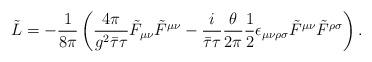
LaTeX: \begin{align*}\tilde{L}=-\frac{1}{8\pi }\left( \frac{4\pi }{g^{2}\bar{\tau}\tau }\tilde{F}_{\mu \nu }\tilde{F}^{\mu \nu }-\frac{i}{\bar{\tau}\tau }\frac{\theta }{2\pi}\frac{1}{2}\epsilon _{\mu \nu \rho \sigma }\tilde{F}^{\mu \nu }\tilde{F}^{\rho \sigma }\right). \end{align*}